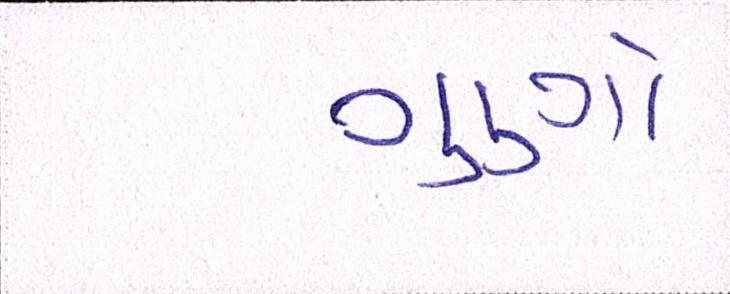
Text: ગુણો